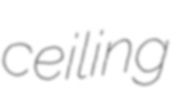
ceiling